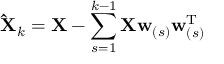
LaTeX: \mathbf { \hat { X } } _ { k } = \mathbf { X } - \sum _ { s = 1 } ^ { k - 1 } \mathbf { X } \mathbf { w } _ { ( s ) } \mathbf { w } _ { ( s ) } ^ { \mathrm { { T } } }